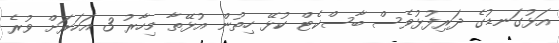
އަޅުގަނޑުގެ ދަރިފުޅުވެސް ބާސްކެޓް ކުޅޭ ހިތުން އުޅޭތާ މިހާރު 3 އަހަރަށް ވުރެ